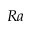
R a